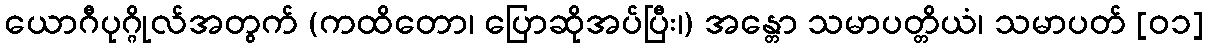
ယောဂီပုဂ္ဂိုလ်အတွက် (ကထိတော၊ ပြောဆိုအပ်ပြီး၊) အန္တော သမာပတ္တိယံ၊ သမာပတ် [၀၁]